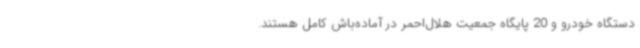
دستگاه خودرو و 20 پایگاه جمعیت هلال‌احمر در آماده‌باش کامل هستند.